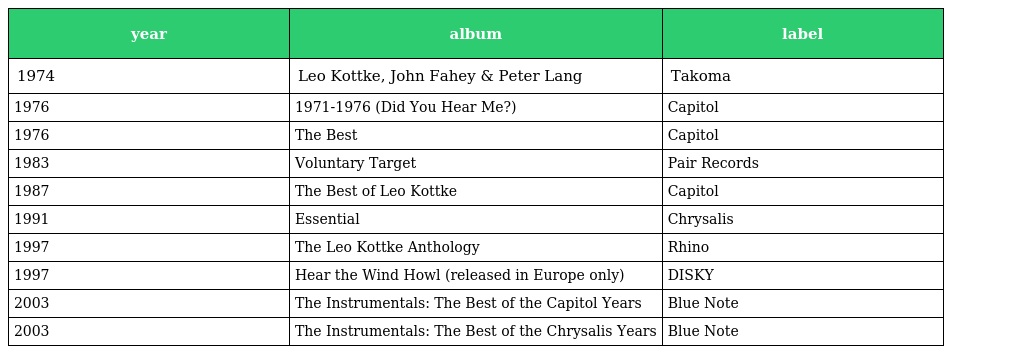
| year | album | label |
 | --- | --- | --- |
 | 1974 | Leo Kottke, John Fahey & Peter Lang | Takoma |
 | 1976 | 1971-1976 (Did You Hear Me?) | Capitol |
 | 1976 | The Best | Capitol |
 | 1983 | Voluntary Target | Pair Records |
 | 1987 | The Best of Leo Kottke | Capitol |
 | 1991 | Essential | Chrysalis |
 | 1997 | The Leo Kottke Anthology | Rhino |
 | 1997 | Hear the Wind Howl (released in Europe only) | DISKY |
 | 2003 | The Instrumentals: The Best of the Capitol Years | Blue Note |
 | 2003 | The Instrumentals: The Best of the Chrysalis Years | Blue Note |